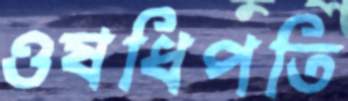
ওষধিপতি